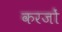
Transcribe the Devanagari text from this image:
करजों